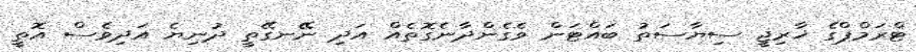
ޓްރަމްޕްގެ ޚާރިޖީ ސިޔާސަތު ބައްޓަން ވެގެންދާނެގޮތެއް އަދި ނޭނގޭތީ ދުނިޔެ އަދިވެސް އޮތީ